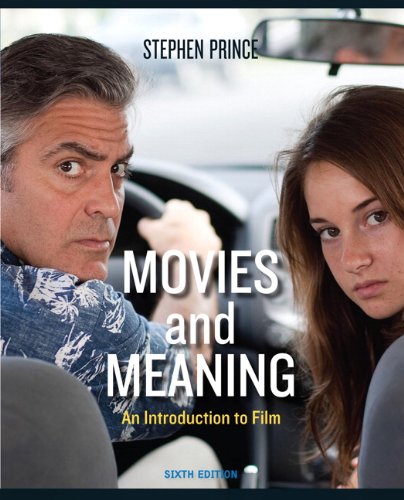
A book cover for Movies and Meaning: An Introduction to Film, 6th Edition; Stephen Prince; Humor & Entertainment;